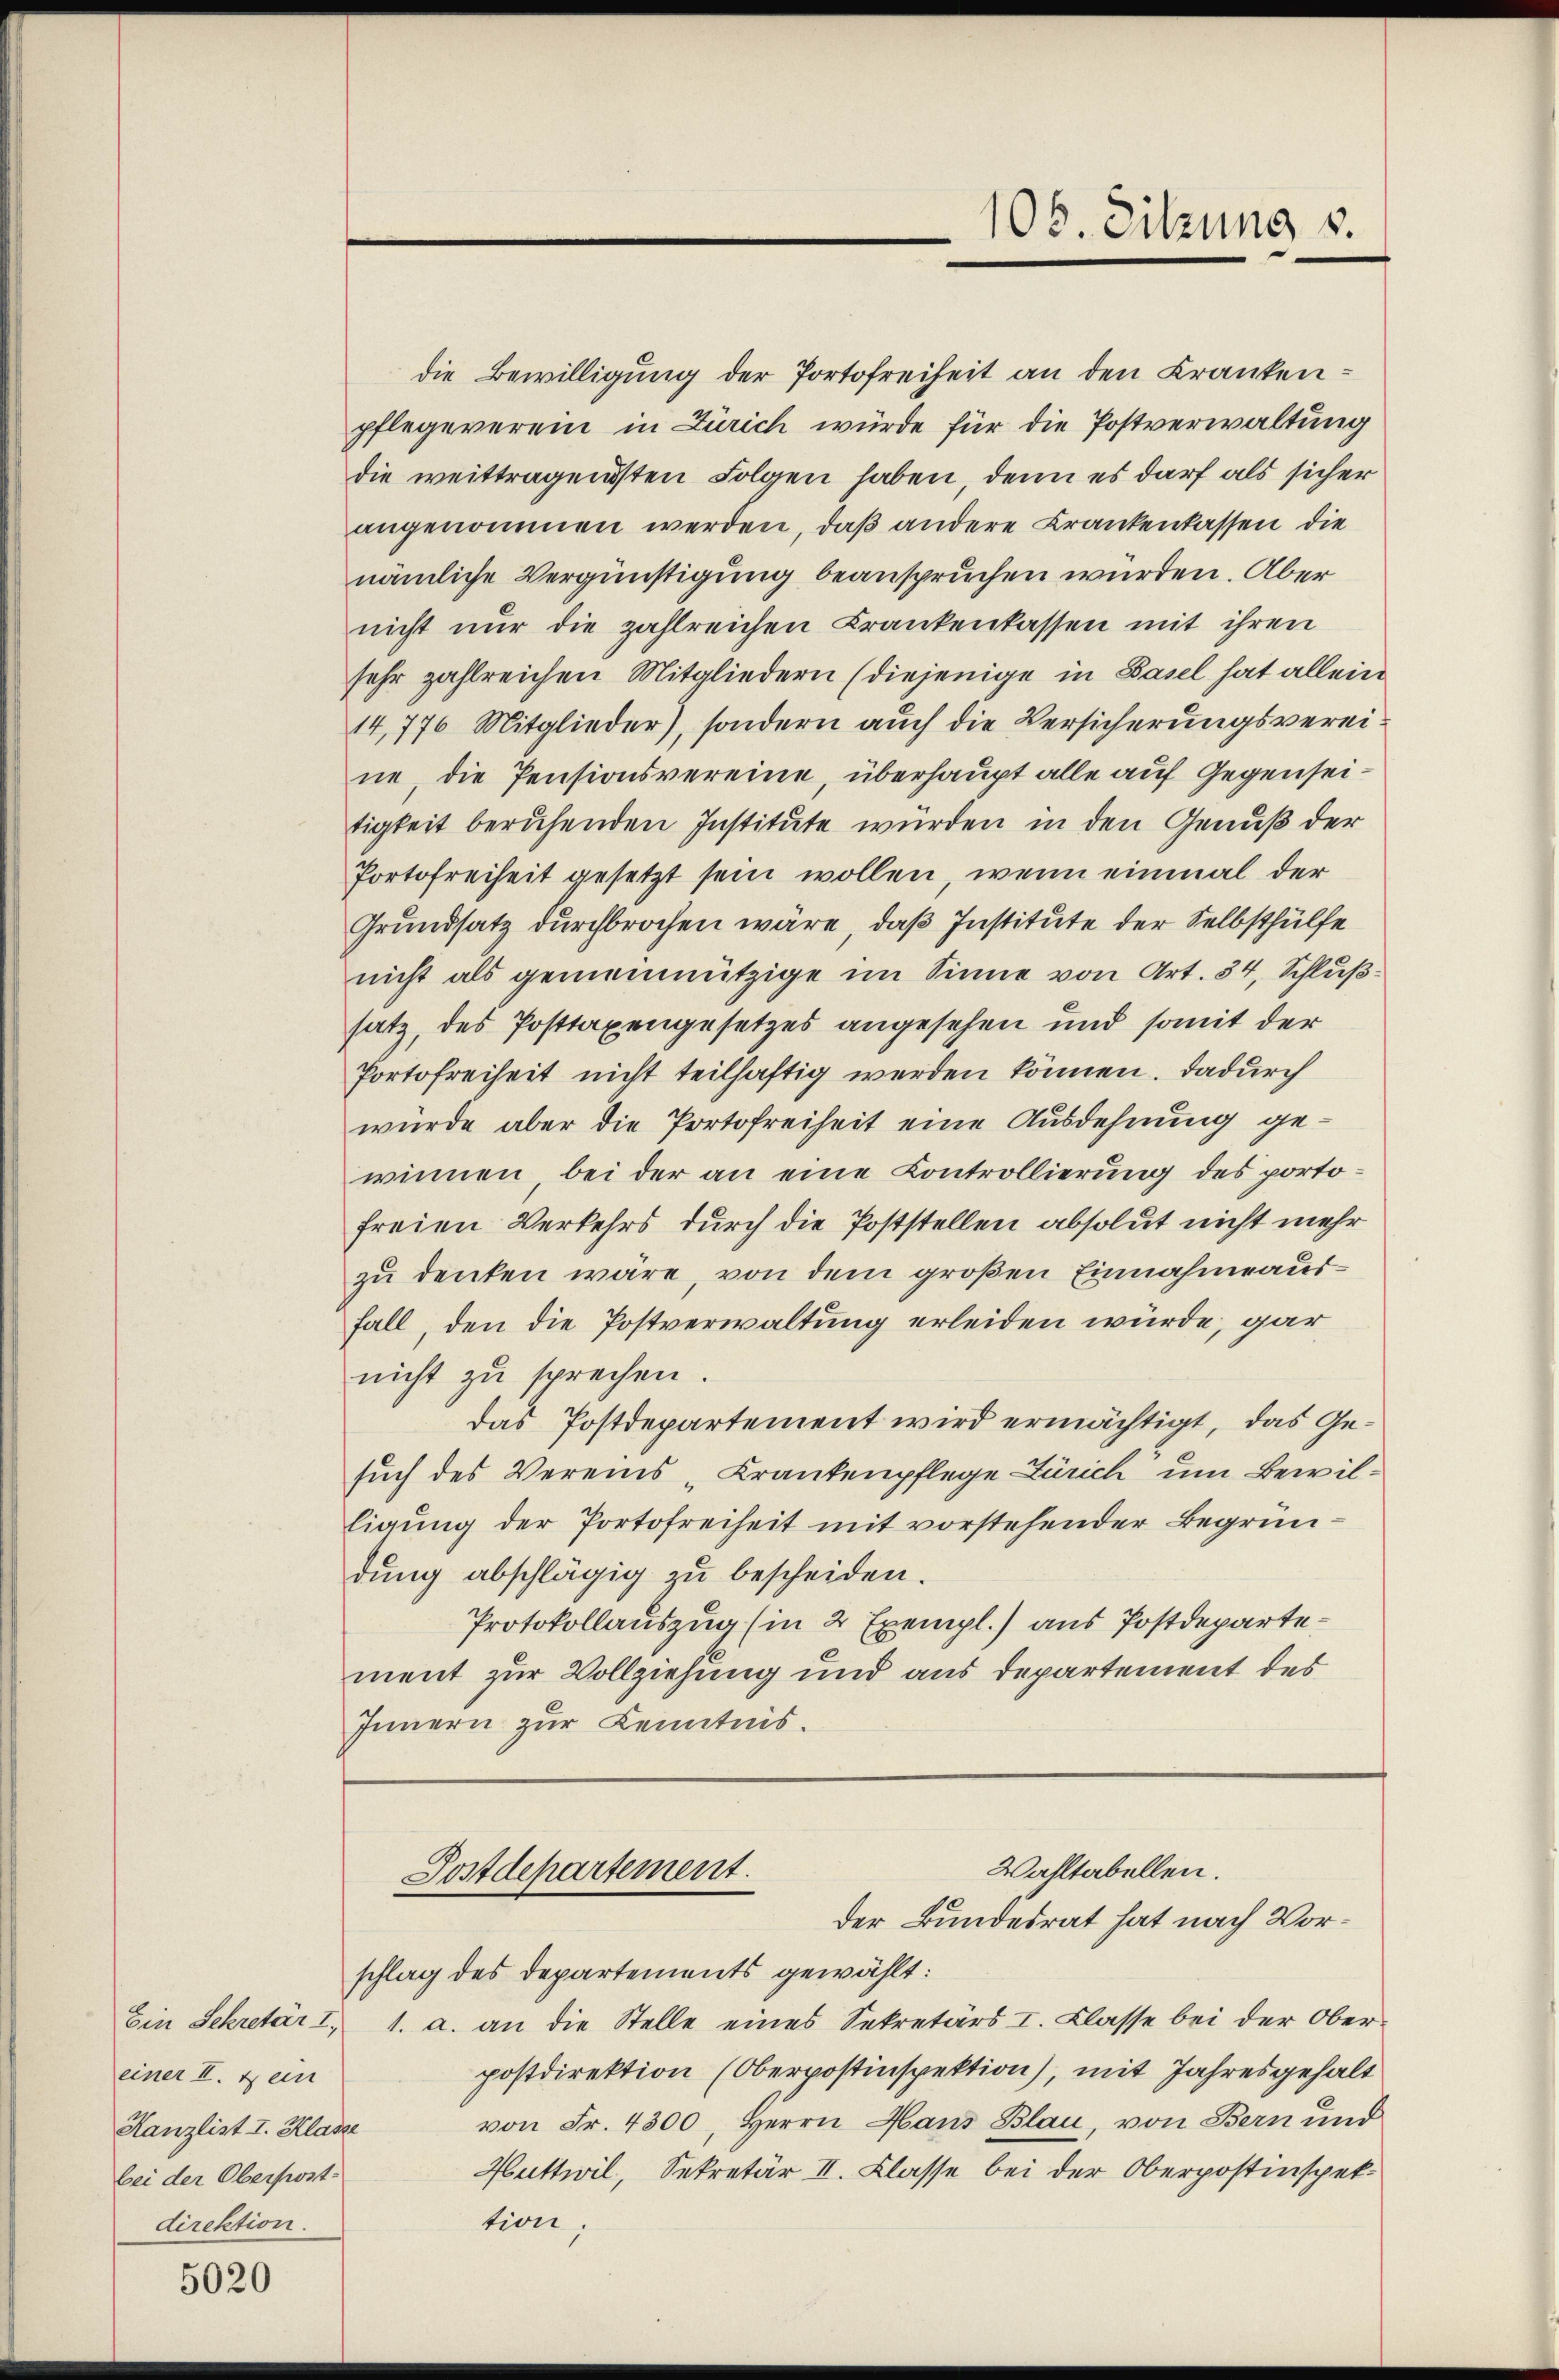
einer II. & ein
Kanzlist I. Klasse
bei der Oberpost
direktion.

5020

die Bewilligung der Portofreiheit an den Krankenpflegeverein in Zürich würde für die Postverwaltung
die weittragendsten Folgen haben, denn es darf als sicher
angenommen werden, daß andere Krankenkassen die
nämliche Vergünstigung beanspruchen wurden. Aber
nicht nur die zahlreichen Krankenkassen mit ihren
sehr zahlreichen Mitgliedern (diejenige in Basel hat allein
14,776 Mitglieder), sondern auch die Versicherungsvereine, die Pensionsvereine, überhaupt alle auf Gegenseitigkeit beruhenden Institute würden in den Genuß der
Portofreiheit gesetzt sein wollen, wenn einmal der
Grundsatz durchbrochen wäre, daß Institute der Selbsthülfe
nicht als gemeinnützige im Sinne von Art. 34, Schlußsatz, des Posttaxengesetzes angesehen und somit der
Portofreiheit nicht teilhaftig werden können. Dadurch
würde aber die Portofreiheit eine Ausdehnung gewinnen, bei der an eine Controllierung des portofreien Verkehrs durch die Poststellen absolut nicht mehr
zu denken wäre, von dem großen Einnahme ausfall, den die Postverwaltung erleiden würde, gar
nicht zu sprechen.
Das Postdepartement wird ermächtigt, das Gesuch des Vereins Krankenpflege Zürich um Bewilligung der Portofreiheit mit vorstehender Begründŭng abschlägig zu bescheiden.
Protokollauszug (in 2 Exempl.) aus Postdepartement zur Vollziehung und aus departement des
Innern zur Kenntnis.

schlag des Departements gewählt:
Ein Sekretär I, 1. a. an die Stelle eines Sekretärs I. Klasse bei der Oberpostdirektion (Oberpostinspektion), mit Jahresgehalt
von Fr. 4300, Herrn Haus Blau, von Bern und
Huttwil, Sekretär II. Klasse bei der Oberpostinspektion;

105. Sitzung s.

Wahltabellen.
Postdepartement.
der Bundesrat hat nach Vor¬